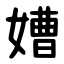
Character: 㜖